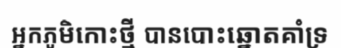
អ្នកភូមិកោះថ្មី បានបោះឆ្នោតគាំទ្រ